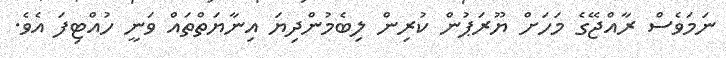
ނަމަވެސް ރާއްޖޭގެ މަހަށް ޔޫރަޕުން ކުރިން ލިބެމުންދިޔަ އިނާޔަތްތައް ވަނީ ހުއްޓިފަ އެވެ.